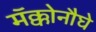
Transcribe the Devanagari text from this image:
मॅक्कोनौघे